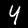
Digit: 4